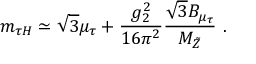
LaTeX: m _ { \tau H } \simeq \sqrt { 3 } \mu _ { \tau } + \frac { g _ { 2 } ^ { 2 } } { 1 6 \pi ^ { 2 } } \frac { \sqrt { 3 } B _ { \mu _ { \tau } } } { M _ { \tilde { Z } } } ~ .